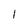
Character: 1